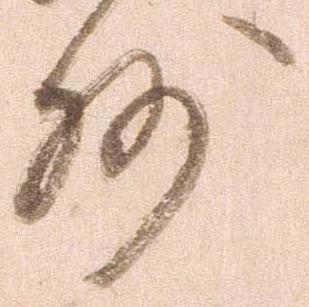
州